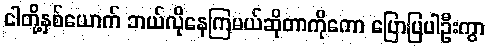
ငါတို့နှစ်ယောက် ဘယ်လိုနေကြမယ်ဆိုတာကိုကော ပြောပြပါဦးကွာ